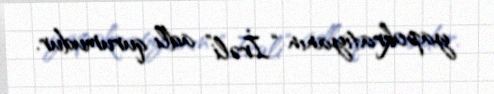
yapokratiyanın “İrəli” adlı qurumudur.